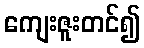
ကျေးဇူးတင်၍